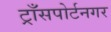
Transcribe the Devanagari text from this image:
ट्राँसपोर्टनगर